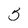
Character: 5